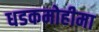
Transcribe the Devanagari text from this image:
धडकमोहीमा